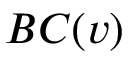
B C ( v )